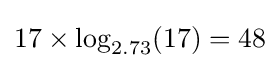
17\times \log _{2.73}(17)=48